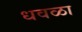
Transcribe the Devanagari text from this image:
धवळा